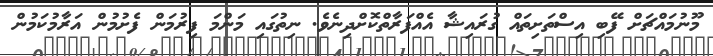
މޫނުމައްޗަށް ފޭބި އިސްތަށިތައް ގުރައިޝާ އެއްފަރާތްކޮށްދިނެވެ. ނިތުގައި މަންމަ ފިރުމަން ފެށުމުން އަރާމުކަމުން